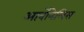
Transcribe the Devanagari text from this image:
आर्वोनेलिस